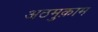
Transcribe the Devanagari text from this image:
अठमुक़ाम